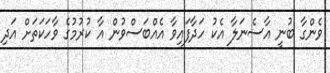
ވެންގާ ބުނީ އާސެނަލާ އެކު ހަދާފައިވާ އެއްބަސްވުން އާ ކުރުމުގެ ވާހަކަތަށް އަދި